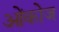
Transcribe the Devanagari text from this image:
ओंकोज